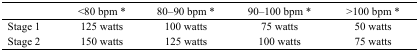
<table><thead><tr><td></td><td><b>&lt;80 bpm *</b></td><td><b>80–90 bpm *</b></td><td><b>90–100 bpm *</b></td><td><b>&gt;100 bpm *</b></td></tr></thead><tbody><tr><td>Stage 1</td><td>125 watts</td><td>100 watts</td><td>75 watts</td><td>50 watts</td></tr><tr><td>Stage 2</td><td>150 watts</td><td>125 watts</td><td>100 watts</td><td>75 watts</td></tr></tbody></table>